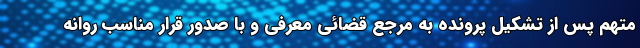
متهم پس از تشکیل پرونده به مرجع قضائی معرفی و با صدور قرار مناسب روانه